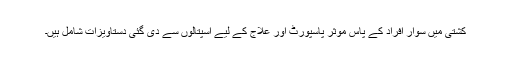
کشتی میں سوار افراد کے پاس موثر پاسپورٹ اور علاج کے لیے اسپتالوں سے دی گئی دستاویزات شامل ہیں۔